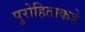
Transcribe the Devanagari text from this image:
पुरोहिताकडे